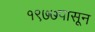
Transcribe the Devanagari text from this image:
१९७७पासून